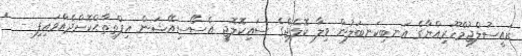
ރައީސުލްޖުމްހޫރިއްޔާގެ އަނބިކަނބަލުން ވިލާ ކޮލެޖްގެ ސައިކޮލޮޖީ އެސޯސިއޭޝަން އިފްތިތާޙްކޮށްދެއްވައިފި -  '